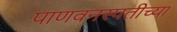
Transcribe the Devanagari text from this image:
पाणवनस्पतीच्या